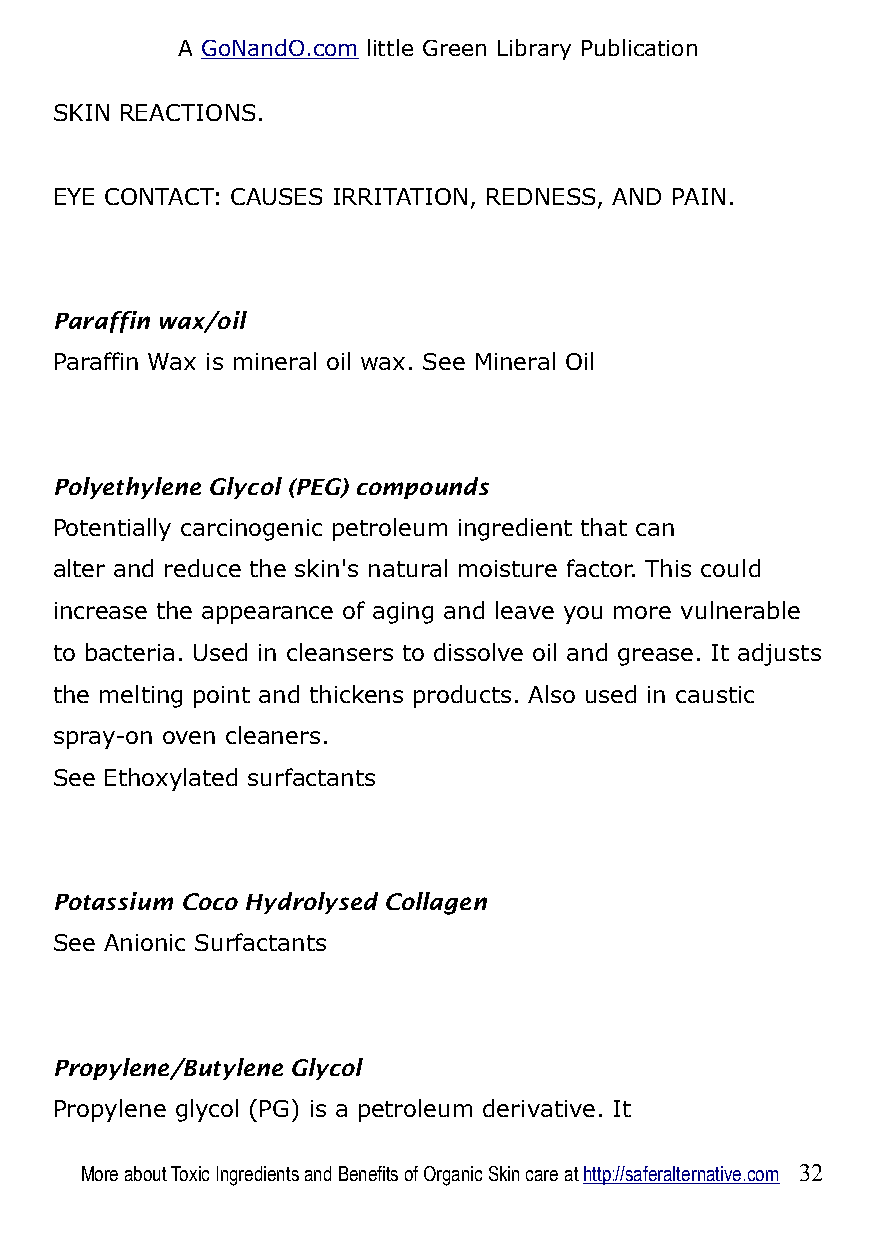
A GoNandO.com little Green Library Publication
 SKIN REACTIONS.
 EYE CONTACT: CAUSES IRRITATION, REDNESS, AND PAIN.
 Paraffin wax/oil
 Paraffin Wax is mineral oil wax. See Mineral Oil
 Polyethylene Glycol (PEG) compounds
 Potentially carcinogenic petroleum ingredient that can
 alter and reduce the skin's natural moisture factor. This could
 increase the appearance of aging and leave you more vulnerable
 to bacteria. Used in cleansers to dissolve oil and grease. It adjusts
 the melting point and thickens products. Also used in caustic
 spray-on oven cleaners.
 See Ethoxylated surfactants
 Potassium Coco Hydrolysed Collagen
 See Anionic Surfactants
 Propylene/Butylene Glycol
 Propylene glycol (PG) is a petroleum derivative. It
 More about Toxic Ingredients and Benefits of Organic Skin care at http://saferalternative.com 32